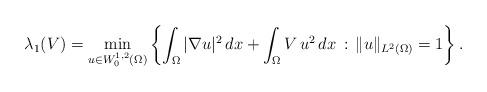
LaTeX: \begin{align*}\lambda_1(V)=\min_{u\in W^{1,2}_0(\Omega)}\left\{\int_{\Omega} |\nabla u|^2\, dx+\int_\Omega V\, u^2\, dx\, :\, \|u\|_{L^2(\Omega)}=1 \right\}.\end{align*}